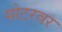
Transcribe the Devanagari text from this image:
मोटरवर